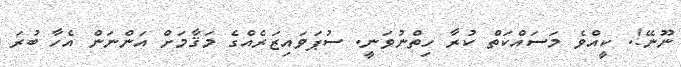
ނޫނޭ!. ކީއްވެ މަސައްކަތް ކުރާ ހިތްނުވަނީ. ސުޕަވައިޒަރެއްގެ މަޤާމަށް އަންނަން އެހާ ބުރަ